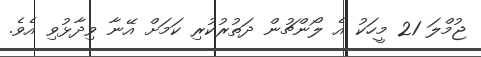
ޖުމްލަ 21 މީހަކު އެ ލޯންޗުން ދަތުރުކުރި ކަމަށް އޭނާ ވިދާޅުވި އެވެ.